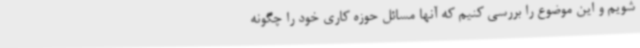
شویم و این موضوع را بررسی کنیم که آنها مسائل حوزه کاری خود را چگونه